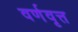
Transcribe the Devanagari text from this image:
वर्णवृत्त